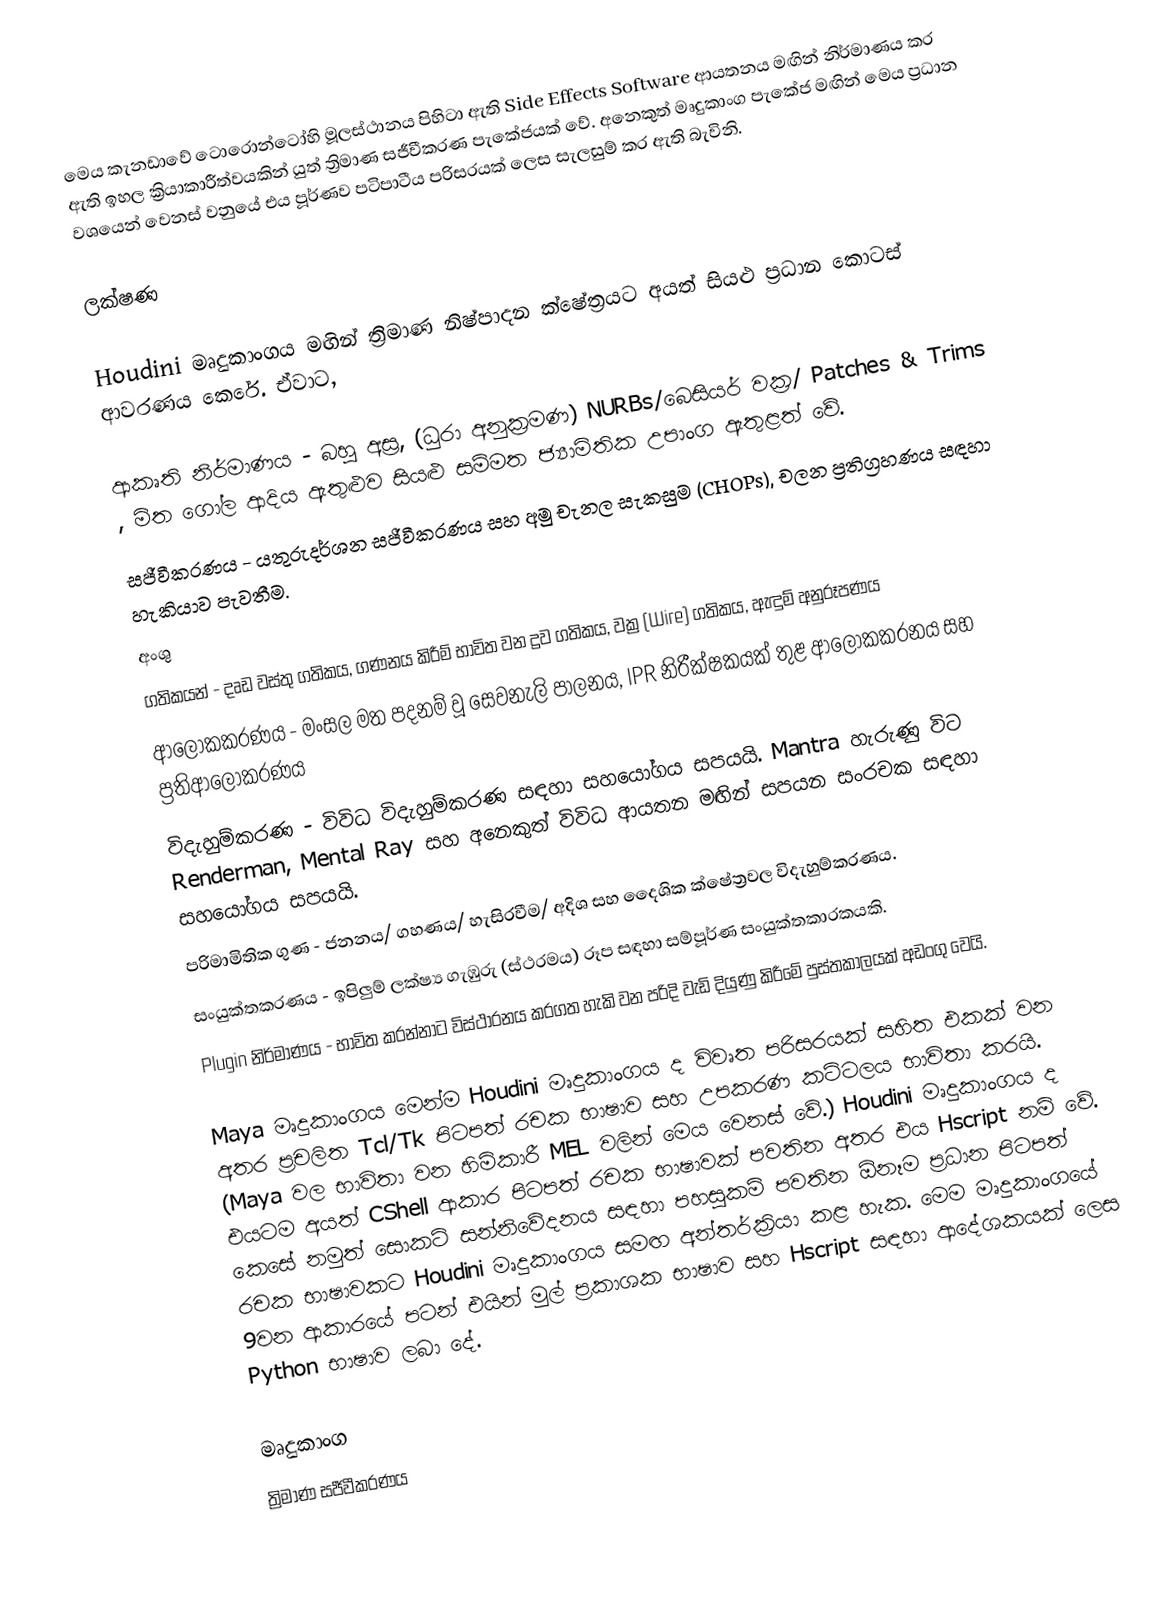
මෙය කැනඩාවේ ටොරොන්ටෝහි මූලස්ථානය පිහිටා ඇති Side Effects Software ආයතනය මඟින් නිර්මාණය කර ඇති ඉහල ක්‍රියාකාරීත්වයකින් යුත් ත්‍රිමාණ සජීවීකරණ පැකේජයක් වේ. අනෙකුත් මෘදුකාංග පැකේ‍ජ මඟින් මෙය ප්‍රධාන වශයෙන් වෙනස් වනුයේ එය පූර්ණව පටිපාටීය පරිසරයක් ලෙස සැලසුම් කර ඇති බැවිනි.

ලක්ෂණ

Houdini මෘදුකාංගය මඟින් ත්‍රිමාණ නිෂ්පාදන ක්ෂේත්‍රයට අයත් සියළු ප්‍රධාන කොටස් ආවරණය කෙරේ. ඒවාට,

ආකෘති නිර්මාණය - බහු අස්‍ර, (ධුරා අනුක්‍රමණ) NURBs/බෙසියර් වක්‍ර/ Patches & Trims ,  මිත ගෝල ආදිය ඇතුළුව සියළු සම්මත ජ්‍යාමිතික උපාංග ඇතුළත් වේ.
සජීවීකරණය - යතුරුදර්ශන සජීවීකරණය සහ අමු චැනල සැකසුම (CHOPs), චලන ප්‍රතිග්‍රහණය සඳහා හැකියාව පැවතීම.
අංශු
ගතිකයන් - දෘඩ වස්තු ගතිකය, ගණනය කිරීම් භාවිත වන ද්‍රව ගතිකය, වක්‍ර (Wire) ගතිකය, ඇඳුම් අනුරූපණය
ආලෝකකරණය - මංසල මත පදනම් වූ සෙවනැලි පාලනය, IPR නිරීක්ෂකයක් තුළ ආලෝකකරනය සහ ප්‍රතිආලෝකරණය
විදැහුම්කරණ - විවිධ විදැහුම්කරණ සඳහා සහයෝගය සපයයි. Mantra හැරුණු විට Renderman, Mental Ray සහ අනෙකුත් විවිධ ආයතන මඟින් සපයන සංරචක සඳහා සහයෝගය සපයයි.
පරිමාමිතික ගුණ - ජනනය/ ගහණය/ හැසිරවීම/ අදිශ සහ දෛශික ක්ෂේත්‍රවල විදැහුම්කරණය.
සංයුක්තකරණය - ඉපිලුම් ලක්ෂ්‍ය ගැඹුරු (ස්ථරමය) රූප සඳහා සම්පූර්ණ සංයුක්තකාරකයකි.
Plugin නිර්මාණය - භාවිත කරන්නාට විස්ථාරනය කරගත හැකි වන පරිදි වැඩි දියුණු කිරීමේ පුස්තකාලයක් අඩංගු වෙයි.

Maya මෘදුකාංගය මෙන්ම Houdini මෘදුකාංගය ද විවෘත පරිසරයක් සහිත එකක් වන අතර ප්‍රචලිත Tcl/Tk පිටපත් රචක භාෂාව සහ උපකරණ කට්ටලය භාවිතා කරයි. (Maya වල භාවිතා වන හිමිකාරී MEL වලින් මෙය වෙනස් වේ.) Houdini මෘදුකාංගය ද එයටම අයත් CShell ආකාර පිටපත් රචක භාෂාවක් පවතින අතර එය Hscript නම් වේ. කෙසේ නමුත් සොකට් සන්නිවේදනය සඳහා පහසුකම් පවතින ඕනෑම ප්‍රධාන පිටපත් රචක භාෂාවකට Houdini මෘදුකාංගය සමඟ අන්තර්ක්‍රියා කළ හැක. මෙම මෘදුකාංගයේ 9වන ආකාරයේ පටන් එයින් මුල් ප්‍රකාශක භාෂාව සහ Hscript සඳහා ආදේශකයක් ලෙස Python භාෂාව ලබා දේ.

මෘදුකාංග
ත්‍රිමාණ සජීවීකරණය